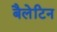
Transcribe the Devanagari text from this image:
बैलेटिन